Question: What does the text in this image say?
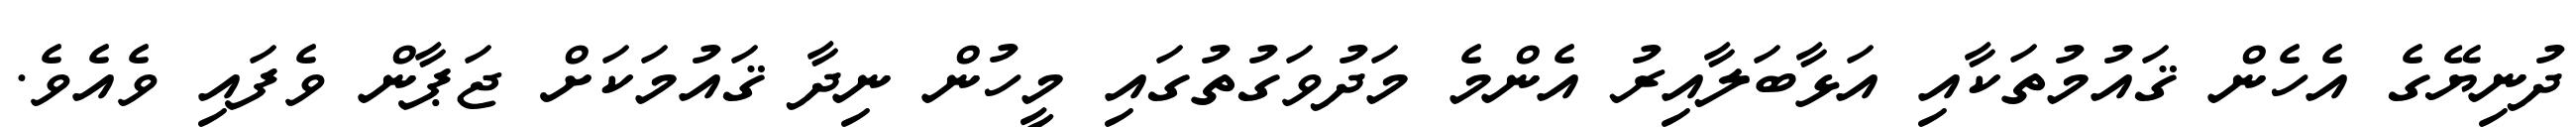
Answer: ދުނިޔޭގެ އެހެން ޤައުމުތަކާއި އަޅާބަލާއިރު އެންމެ މަދުވަގުތުގައި މީހުން ނިދާ ޤައުމަކަށް ޖަޕާން ވެފައި ވެއެވެ.